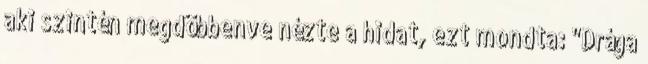
aki szintén megdöbbenve nézte a hidat, ezt mondta: "Drága